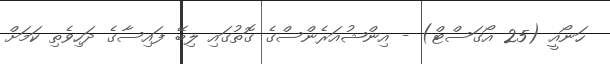
ހަނޯއީ (25 އޯގަސްޓް) - އިންޝުއަރެންސްގެ ގޮތުގައި ލިބޭ ފައިސާގެ ދަހިވެތި ކަމަށް